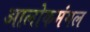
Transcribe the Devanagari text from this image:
आलोकमंगल